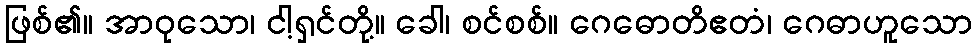
ဖြစ်၏။ အာဝုသော၊ ငါ့ရှင်တို့။ ခေါ၊ စင်စစ်။ ဂေဓောတိဧတံ၊ ဂေဓာဟူသော